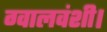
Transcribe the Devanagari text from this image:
ग्वालवंशी।